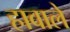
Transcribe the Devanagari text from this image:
हावाले